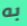
به